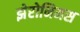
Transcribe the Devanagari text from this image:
झेरोनिमस